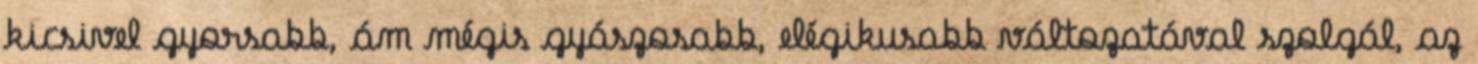
kicsivel gyorsabb, ám mégis gyászosabb, elégikusabb változatával szolgál, az